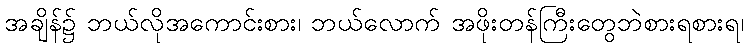
အချိန်၌ ဘယ်လိုအကောင်းစား၊ ဘယ်လောက် အဖိုးတန်ကြီးတွေဘဲစားရစားရ၊